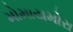
મોમાયમોરા